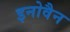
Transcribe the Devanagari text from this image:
इनोवैन